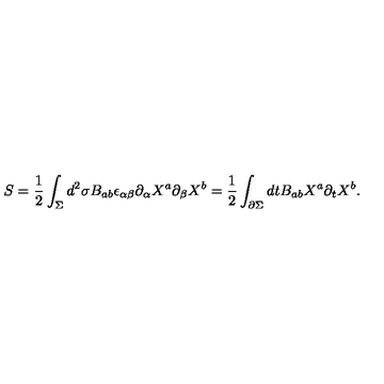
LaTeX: S = \frac { 1 } { 2 } \int _ { \Sigma } d ^ { 2 } \sigma B _ { a b } \epsilon _ { \alpha \beta } \partial _ { \alpha } X ^ { a } \partial _ { \beta } X ^ { b } = \frac { 1 } { 2 } \int _ { \partial \Sigma } d t B _ { a b } X ^ { a } \partial _ { t } X ^ { b } .